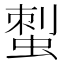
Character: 𧌐